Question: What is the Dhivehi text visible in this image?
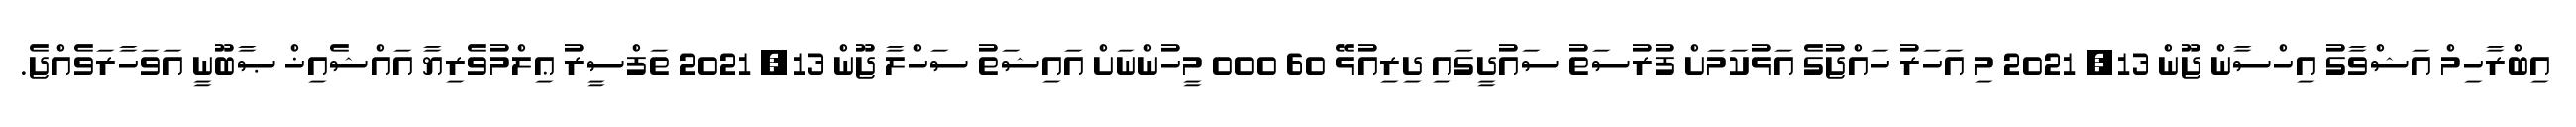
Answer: އިބްރާހިމް އަޝްވާގު އިހްސާން ޖޫން 13, 2021 މި އަހަރު ހައްޖުގެ އަޅުކަމަށް ފުރުސަތު ސައުދީގައި ދިރިއުޅޭ 60 000 މީހުންނަށް އައިޝަތު ސަހްލާ ޖޫން 13, 2021 ތަފްސީރު ޢިލްމުވެރިޔާ އައްޝެއިޚް ޞާބޫނީ އަވަހާރަވެއްޖެ.